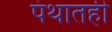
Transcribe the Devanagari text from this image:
पंथातही